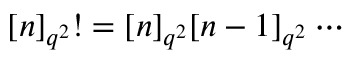
\lbrack n ] _ { q ^ { 2 } } ! = [ n ] _ { q ^ { 2 } } [ n - 1 ] _ { q ^ { 2 } } \cdots